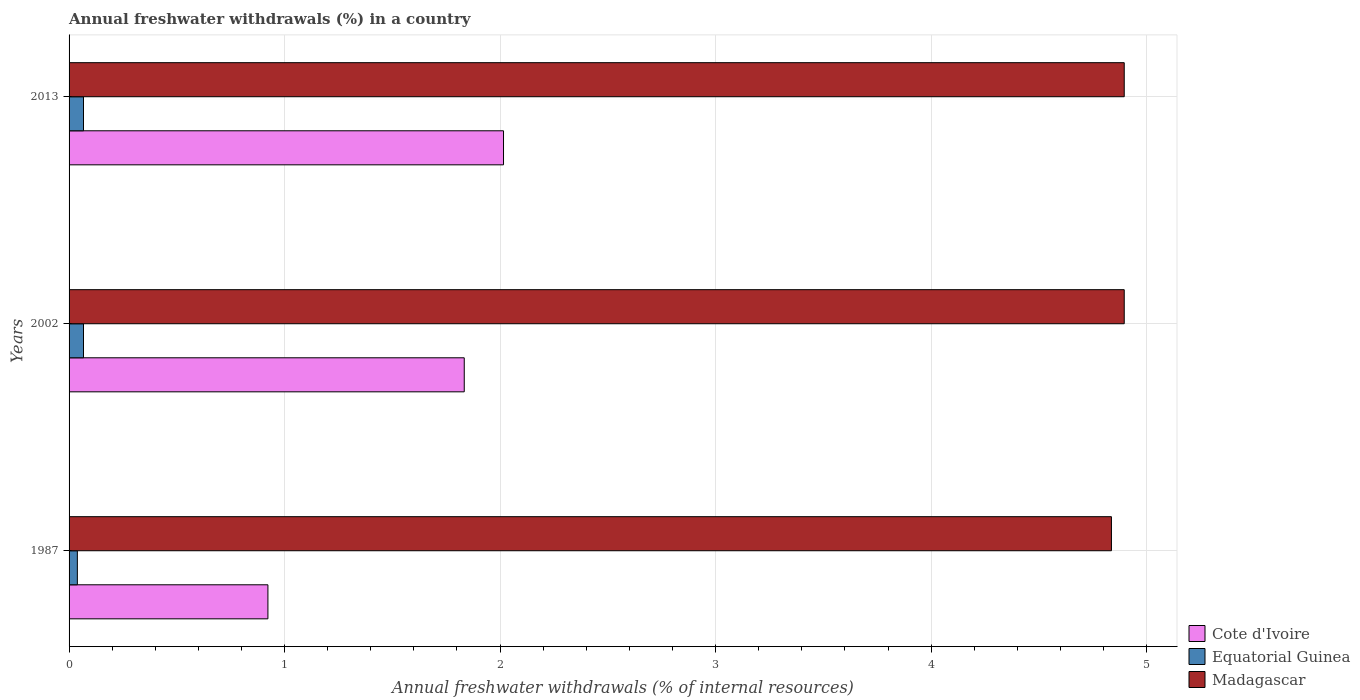
| Years | Cote d'Ivoire | Equatorial Guinea | Madagascar |
 | --- | --- | --- | --- |
 | 1987 | 0.923 | 0.0385 | 4.84 |
 | 2002 | 1.83 | 0.0669 | 4.9 |
 | 2013 | 2.02 | 0.0669 | 4.9 |